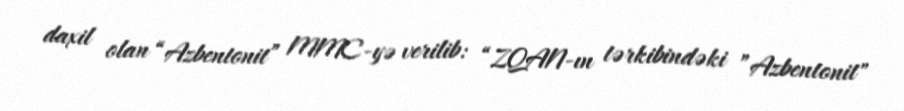
daxil olan “Azbentonit” MMC-yə verilib: “ZQAN-ın tərkibindəki ”Azbentonit"